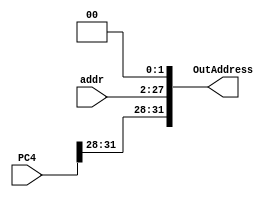
`timescale 1ns / 1ps
//////////////////////////////////////////////////////////////////////////////////
// Company: 
// Engineer: 
// 
// Design Name: 
// Module Name: J_Address
// Project Name: 
// Target Devices: 
// Tool Versions: 
// Description: 
// 
// Dependencies: 
// 
// Revision:
// Revision 0.01 - File Created
// Additional Comments:
// 
//////////////////////////////////////////////////////////////////////////////////

module J_Address (
    input [31:0] PC4,
    input [25:0] addr,    
    output [31:0] OutAddress
    );
    
    assign OutAddress = {PC4[31:28], addr[25:0], 2'b00};
endmodule